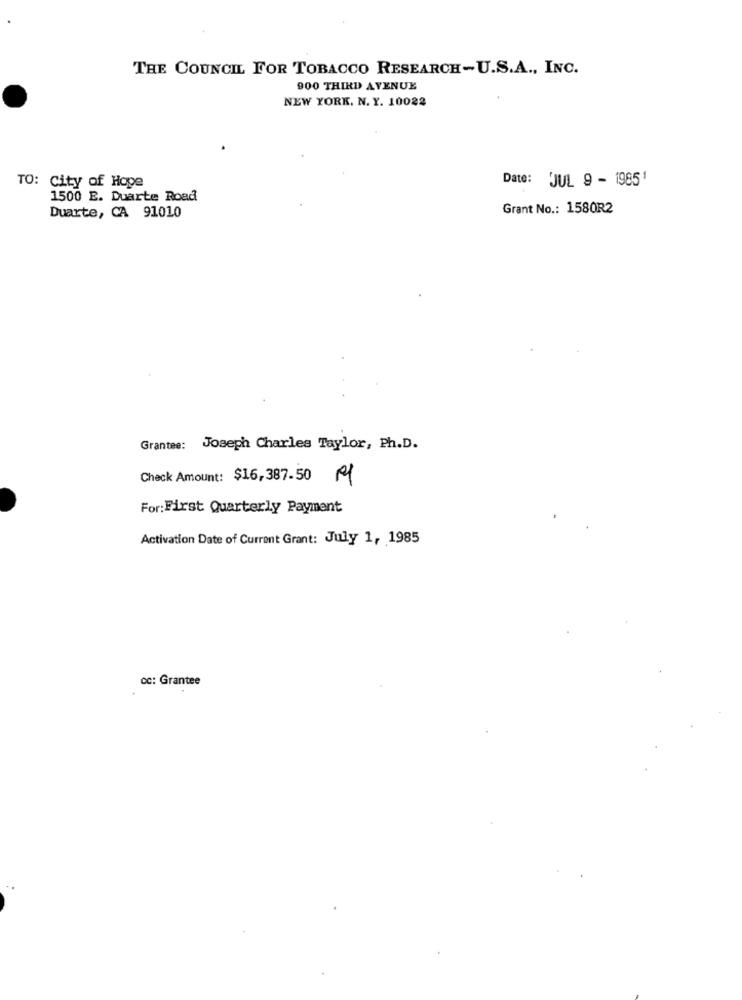
THE COUNCIL FOR TOBACCO RESEARCH-U.S.A ., INC.
900 THIRD AVENUE
NEW YORK. N. Y. 10022
Date: JUL 9 - 19851
TO: City of Hope
1500 E. Duarte Road
Duarte, CA 91010
Grant No .: 1580R2
Grantee: Joseph Charles Taylor, Ph.D.
Check Amount: $16,387.50 Ml
For: First Quarterly Payment
Activation Date of Current Grant: Jully 1, 1985
cc: Grantee